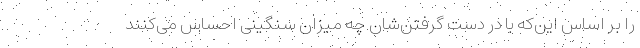
را بر اساس این‌که با در دست گرفتن‌شان چه میزان سنگینی احساس می‌کنند